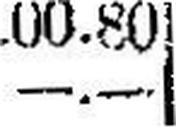
—.—